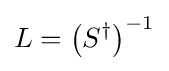
L=\left(S^{\dagger }\right)^{-1}